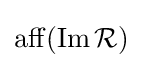
\operatorname {aff} (\operatorname {Im} {\mathcal {R}})